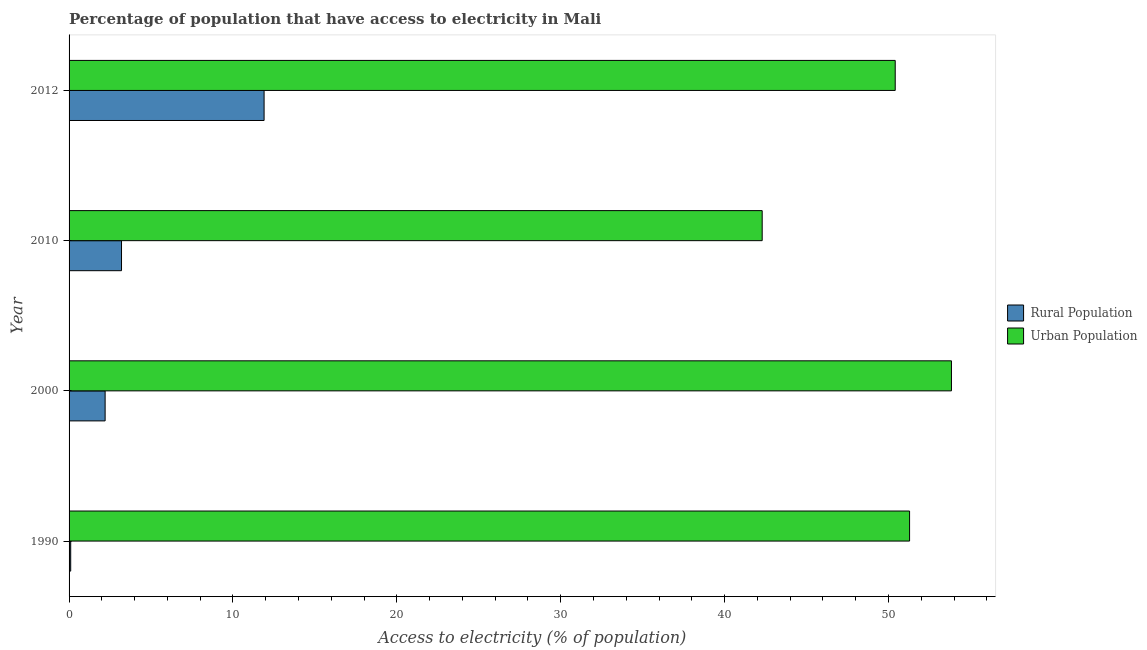
| Year | Rural Population | Urban Population |
 | --- | --- | --- |
 | 1990 | 0.1 | 51.3 |
 | 2000 | 2.2 | 53.8 |
 | 2010 | 3.2 | 42.3 |
 | 2012 | 11.9 | 50.4 |